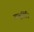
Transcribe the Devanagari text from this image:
चन्द्रगिरि